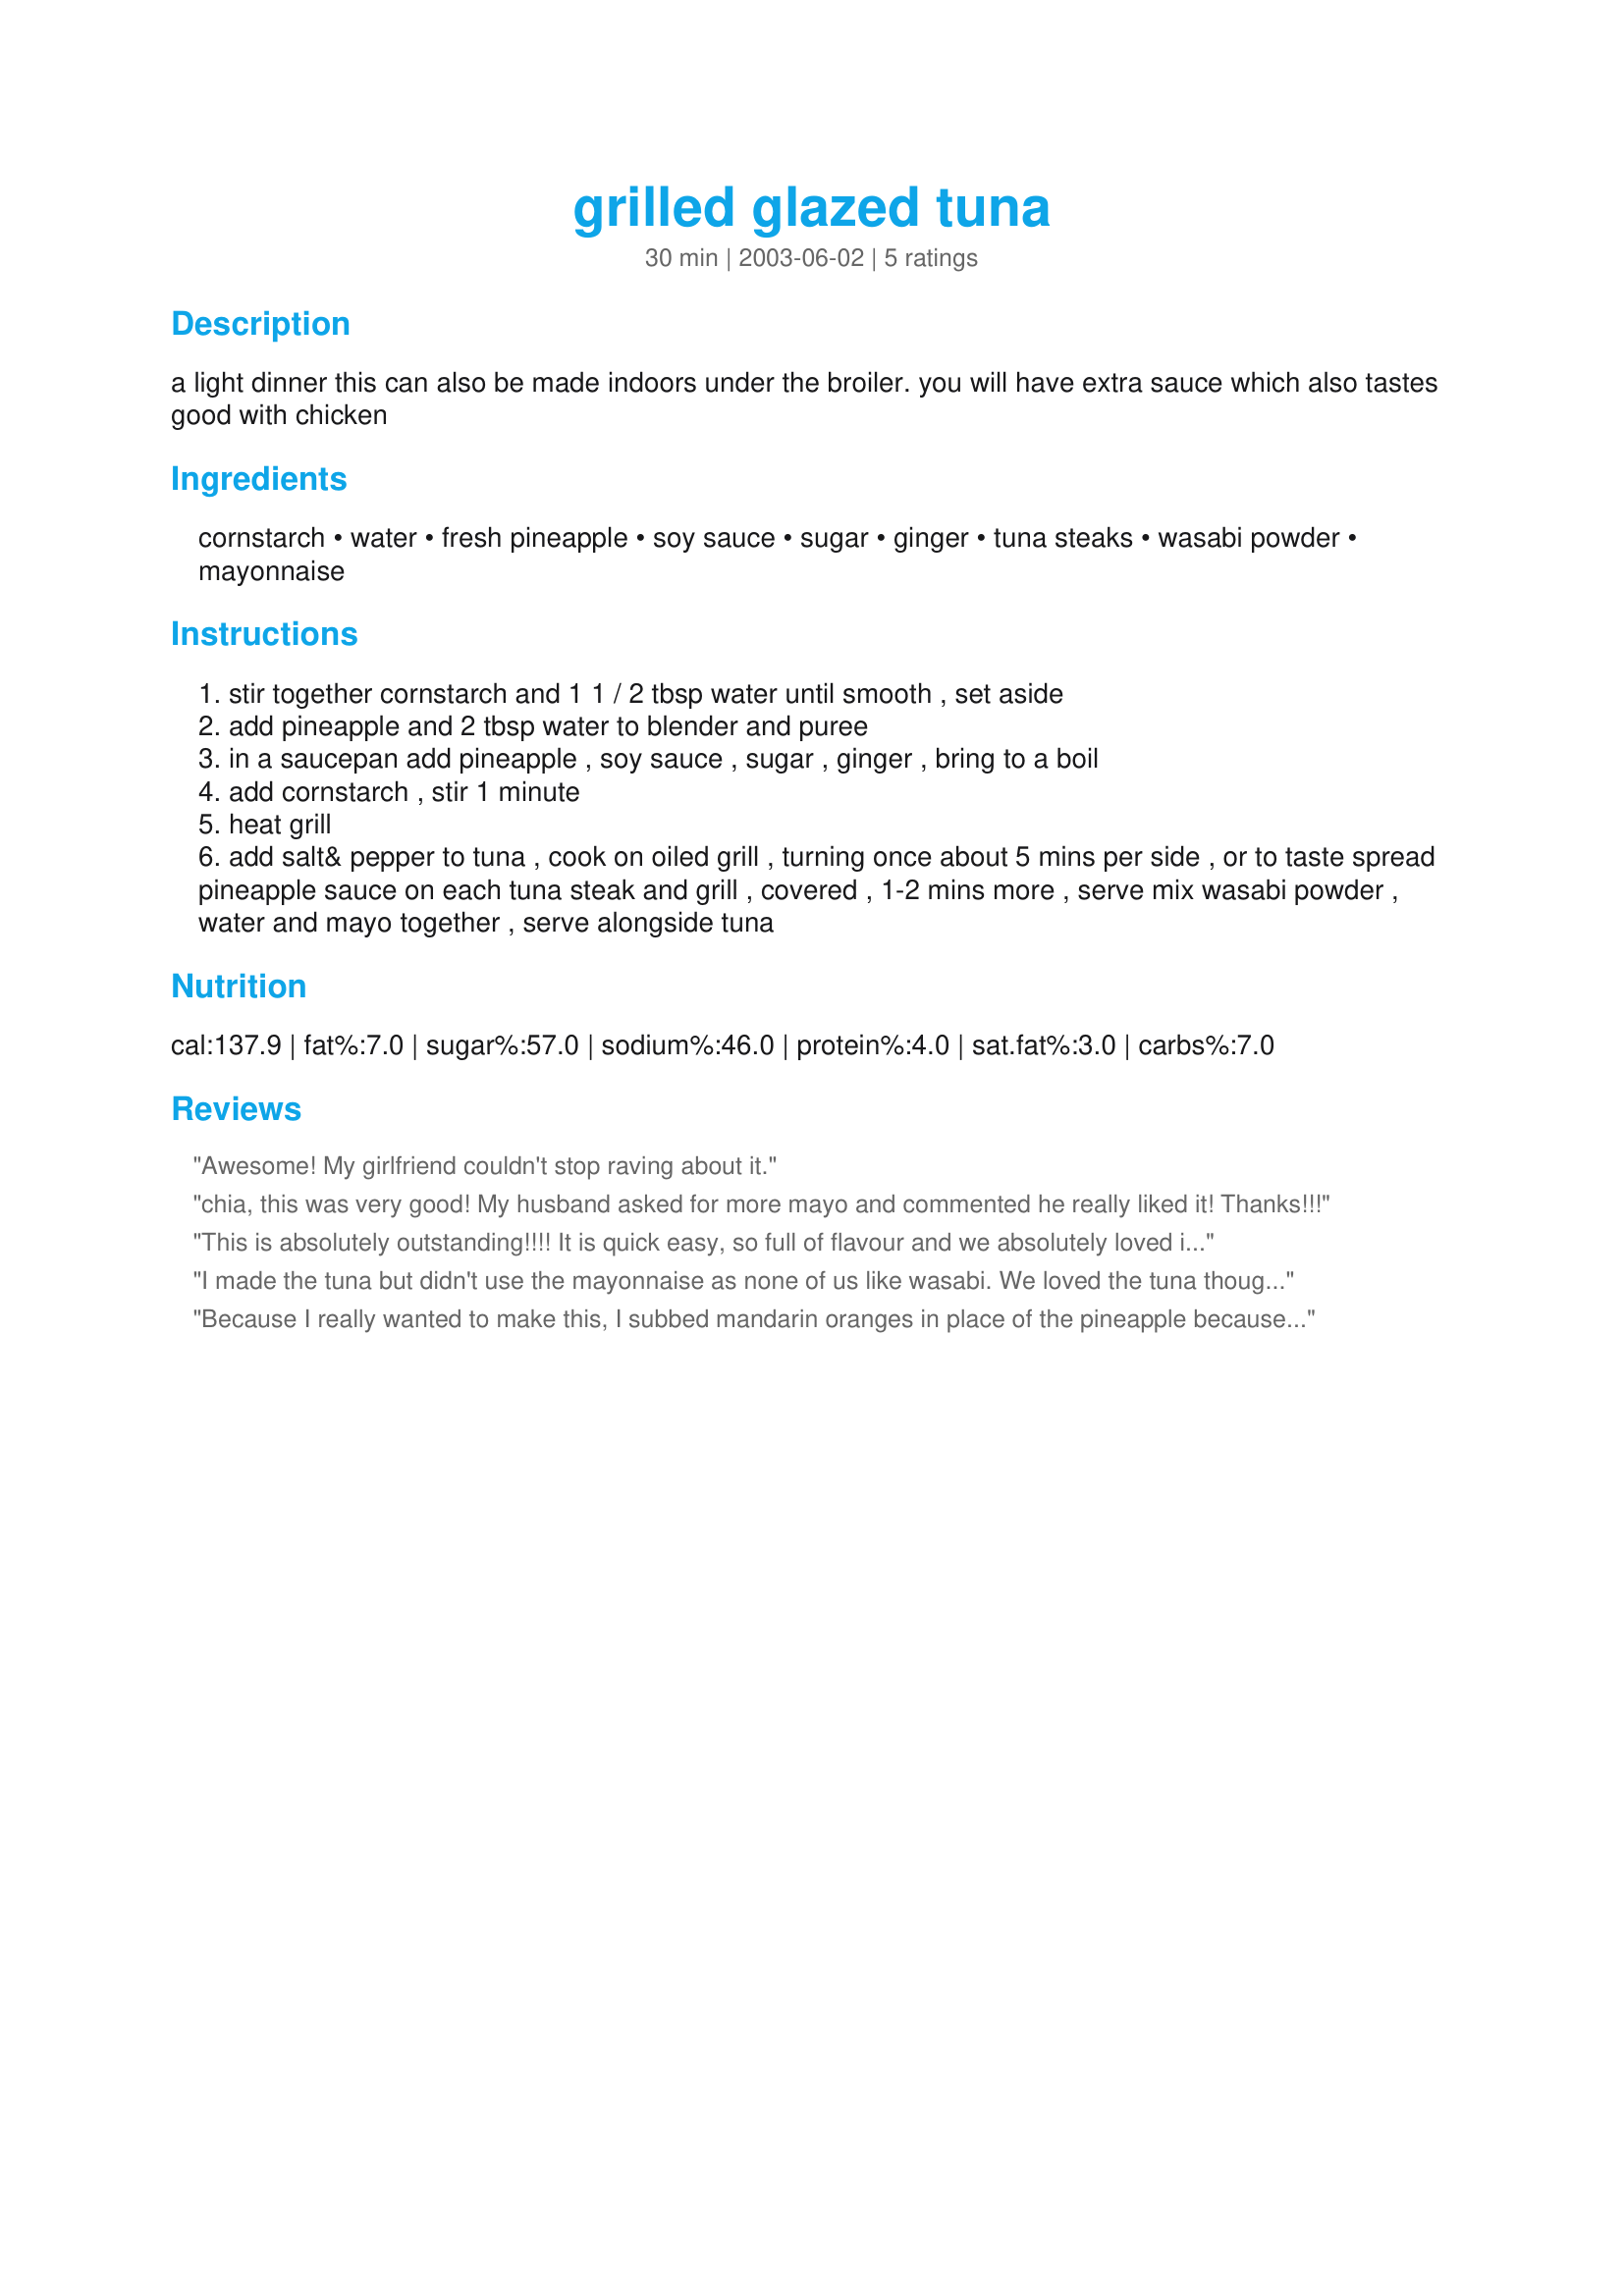
grilled glazed tuna
Preparation time: 30 minutes

a light dinner this can also be made indoors under the broiler. you will have extra sauce which also tastes good with chicken

Ingredients:
cornstarch, water, fresh pineapple, soy sauce, sugar, ginger, tuna steaks, wasabi powder, mayonnaise

Steps:
stir together cornstarch and 1 1 / 2 tbsp water until smooth , set aside
add pineapple and 2 tbsp water to blender and puree
in a saucepan add pineapple , soy sauce , sugar , ginger , bring to a boil
add cornstarch , stir 1 minute
heat grill
add salt& pepper to tuna , cook on oiled grill , turning once about 5 mins per side , or to taste spread pineapple sauce on each tuna steak and grill , covered , 1-2 mins more , serve mix wasabi powder , water and mayo together , serve alongside tuna

Reviews:
Awesome! My girlfriend couldn't stop raving about it.
chia, this was very good! My husband asked for more mayo and commented he really liked it! Thanks!!!
This is absolutely outstanding!!!! It is quick easy, so full of flavour and we absolutely loved it. I love tuna and have many ways I love to prepare it, but this will definitely be going into my favourites. I love the flavour of the glaze and was not even sure before cooking whether it would be tasted. Very wrong, it is such a wonderful glaze and even without the wasabi mayonnaise it is excellent. For us who love anything with wasabi, it just totally finished off the dish and gave it that final special touch. A wonderful recipe chia and one we will enjoy often.
I made the tuna but didn't use the mayonnaise as none of us like wasabi. We loved the tuna though and I got thank yous for an awesome dinner from everyone eating with me. Such a great blend of flavors. I will be adding this to my recipes to be made again. Thank you!
Because I really wanted to make this, I subbed mandarin oranges in place of the pineapple because I was out and it was pretty darned tasty. Can't wait to make it with the pineapple instead!! Yum... (86'd the wasabi mayonnaise) Maybe next time?
